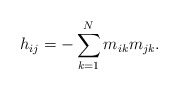
\begin{align*}h_{ij}=-\sum_{k=1}^{N}m_{ik}m_{jk}.\end{align*}